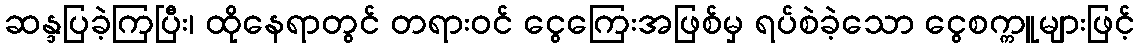
ဆန္ဒပြခဲ့ကြပြီး၊ ထိုနေရာတွင် တရားဝင် ငွေကြေးအဖြစ်မှ ရပ်စဲခဲ့သော ငွေစက္ကူများဖြင့်